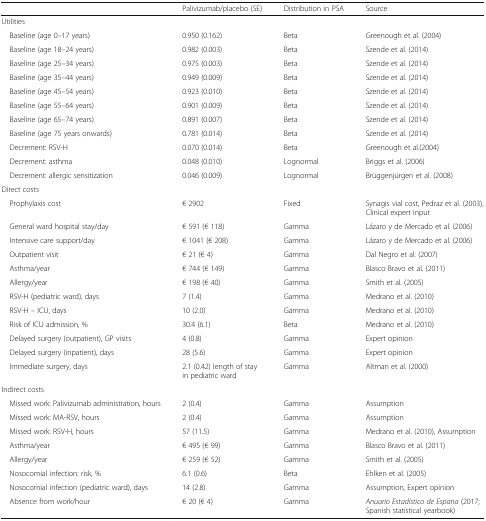
<table><thead><tr><td>[EMPTY_CELL]</td><td><b>Palivizumab/placebo (SE)</b></td><td><b>Distribution in PSA</b></td><td><b>Source</b></td></tr></thead><tbody><tr><td colspan="4">Utilities</td></tr><tr><td> Baseline (age 0–17 years)</td><td>0.950 (0.162)</td><td>Beta</td><td>Greenough et al. (2004)</td></tr><tr><td> Baseline (age 18–24 years)</td><td>0.982 (0.003)</td><td>Beta</td><td>Szende et al. (2014)</td></tr><tr><td> Baseline (age 25–34 years)</td><td>0.975 (0.003)</td><td>Beta</td><td>Szende et al. (2014)</td></tr><tr><td> Baseline (age 35–44 years)</td><td>0.949 (0.009)</td><td>Beta</td><td>Szende et al. (2014)</td></tr><tr><td> Baseline (age 45–54 years)</td><td>0.923 (0.010)</td><td>Beta</td><td>Szende et al. (2014)</td></tr><tr><td> Baseline (age 55–64 years)</td><td>0.901 (0.009)</td><td>Beta</td><td>Szende et al. (2014)</td></tr><tr><td> Baseline (age 65–74 years)</td><td>0.891 (0.007)</td><td>Beta</td><td>Szende et al. (2014)</td></tr><tr><td> Baseline (age 75 years onwards)</td><td>0.781 (0.014)</td><td>Beta</td><td>Szende et al. (2014)</td></tr><tr><td> Decrement: RSV-H</td><td>0.070 (0.014)</td><td>Beta</td><td>Greenough et al.(2004)</td></tr><tr><td> Decrement: asthma</td><td>0.048 (0.010)</td><td>Lognormal</td><td>Briggs et al. (2006)</td></tr><tr><td> Decrement: allergic sensitization</td><td>0.046 (0.009)</td><td>Lognormal</td><td>Brüggenjürgen et al. (2008)</td></tr><tr><td colspan="4">Direct costs</td></tr><tr><td> Prophylaxis cost</td><td>€ 2902</td><td>Fixed</td><td>Synagis vial cost, Pedraz et al. (2003), Clinical expert input</td></tr><tr><td> General ward hospital stay/day</td><td>€ 591 (€ 118)</td><td>Gamma</td><td>Lázaro y de Mercado et al. (2006)</td></tr><tr><td> Intensive care support/day</td><td>€ 1041 (€ 208)</td><td>Gamma</td><td>Lázaro y de Mercado et al. (2006)</td></tr><tr><td> Outpatient visit</td><td>€ 21 (€ 4)</td><td>Gamma</td><td>Dal Negro et al. (2007)</td></tr><tr><td> Asthma/year</td><td>€ 744 (€ 149)</td><td>Gamma</td><td>Blasco Bravo et al. (2011)</td></tr><tr><td> Allergy/year</td><td>€ 198 (€ 40)</td><td>Gamma</td><td>Smith et al. (2005)</td></tr><tr><td> RSV-H (pediatric ward), days</td><td>7 (1.4)</td><td>Gamma</td><td>Medrano et al. (2010)</td></tr><tr><td> RSV-H – ICU, days</td><td>10 (2.0)</td><td>Gamma</td><td>Medrano et al. (2010)</td></tr><tr><td> Risk of ICU admission, %</td><td>30.4 (6.1)</td><td>Beta</td><td>Medrano et al. (2010)</td></tr><tr><td> Delayed surgery (outpatient), GP visits</td><td>4 (0.8)</td><td>Gamma</td><td>Expert opinion</td></tr><tr><td> Delayed surgery (inpatient), days</td><td>28 (5.6)</td><td>Gamma</td><td>Expert opinion</td></tr><tr><td> Immediate surgery, days</td><td>2.1 (0.42) length of stay in pediatric ward</td><td>Gamma</td><td>Altman et al. (2000)</td></tr><tr><td colspan="4">Indirect costs</td></tr><tr><td> Missed work: Palivizumab administration, hours</td><td>2 (0.4)</td><td>Gamma</td><td>Assumption</td></tr><tr><td> Missed work: MA-RSV, hours</td><td>2 (0.4)</td><td>Gamma</td><td>Assumption</td></tr><tr><td> Missed work: RSV-H, hours</td><td>57 (11.5)</td><td>Gamma</td><td>Medrano et al. (2010), Assumption</td></tr><tr><td> Asthma/year</td><td>€ 495 (€ 99)</td><td>Gamma</td><td>Blasco Bravo et al. (2011)</td></tr><tr><td> Allergy/year</td><td>€ 259 (€ 52)</td><td>Gamma</td><td>Smith et al. (2005)</td></tr><tr><td> Nosocomial infection: risk, %</td><td>6.1 (0.6)</td><td>Beta</td><td>Ehlken et al. (2005)</td></tr><tr><td> Nosocomial infection (pediatric ward), days</td><td>14 (2.8)</td><td>Gamma</td><td>Assumption, Expert opinion</td></tr><tr><td> Absence from work/hour</td><td>€ 20 (€ 4)</td><td>Gamma</td><td><i>Anuario Estadístico de Espana</i> (2017; Spanish statistical yearbook)</td></tr></tbody></table>